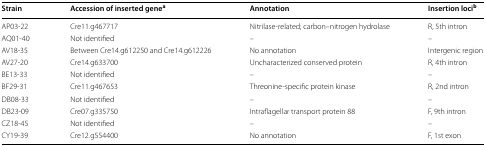
<table><thead><tr><td><b>Strain</b></td><td><b>Accession of inserted gene<sup>a</sup></b></td><td><b>Annotation</b></td><td><b>Insertion loci<sup>b</sup></b></td></tr></thead><tbody><tr><td>AP03-22</td><td>Cre11.g467717</td><td>Nitrilase-related; carbon–nitrogen hydrolase</td><td>R, 5th intron</td></tr><tr><td>AQ01-40</td><td>Not identified</td><td>–</td><td>–</td></tr><tr><td>AV18-35</td><td>Between Cre14.g612250 and Cre14.g612226</td><td>No annotation</td><td>Intergenic region</td></tr><tr><td>AV27-20</td><td>Cre14.g633700</td><td>Uncharacterized conserved protein</td><td>R, 4th intron</td></tr><tr><td>BE13-33</td><td>Not identified</td><td>–</td><td>–</td></tr><tr><td>BF29-31</td><td>Cre11.g467653</td><td>Threonine-specific protein kinase</td><td>R, 2nd intron</td></tr><tr><td>DB08-33</td><td>Not identified</td><td>–</td><td>–</td></tr><tr><td>DB23-09</td><td>Cre07.g335750</td><td>Intraflagellar transport protein 88</td><td>F, 9th intron</td></tr><tr><td>CZ18-45</td><td>Not identified</td><td>–</td><td>–</td></tr><tr><td>CY19-39</td><td>Cre12.g554400</td><td>No annotation</td><td>F, 1st exon</td></tr></tbody></table>